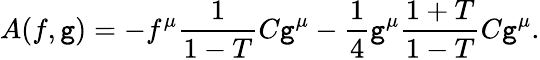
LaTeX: A(f,\mathtt{g})=-f^{\mu}\frac{{1}}{{1-T}}C\mathtt{g}^{\mu}-\frac{{1}}{{4}}\mathtt{g}^{\mu}\frac{{1+T}}{{1-T}}C\mathtt{g}^{\mu}.